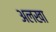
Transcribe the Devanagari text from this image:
अलखा